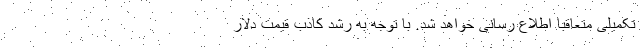
تکمیلی متعاقبا اطلاع رسانی خواهد شد. با توجه به رشد کاذب قیمت دلار